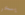
يسخر